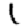
Digit: 1